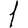
Digit: 1